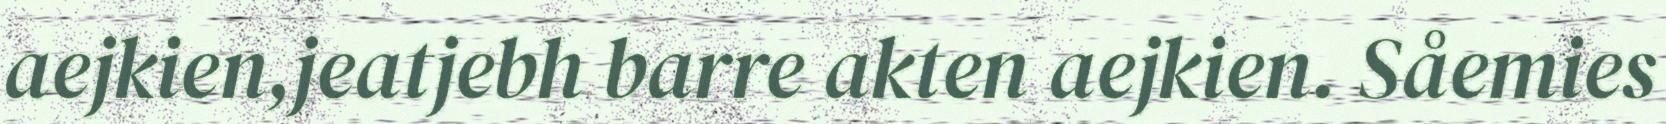
aejkien,jeatjebh barre akten aejkien. Såemies